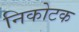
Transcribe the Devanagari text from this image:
निकोटक